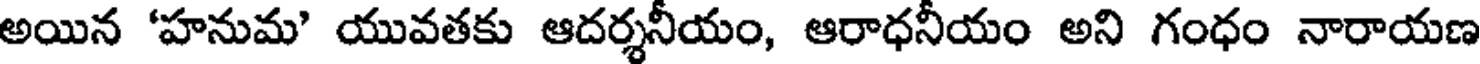
అయిన 'హనుమ' యువతకు ఆదర్శనీయం, ఆరాధనీయం అని గంధం నారాయణ